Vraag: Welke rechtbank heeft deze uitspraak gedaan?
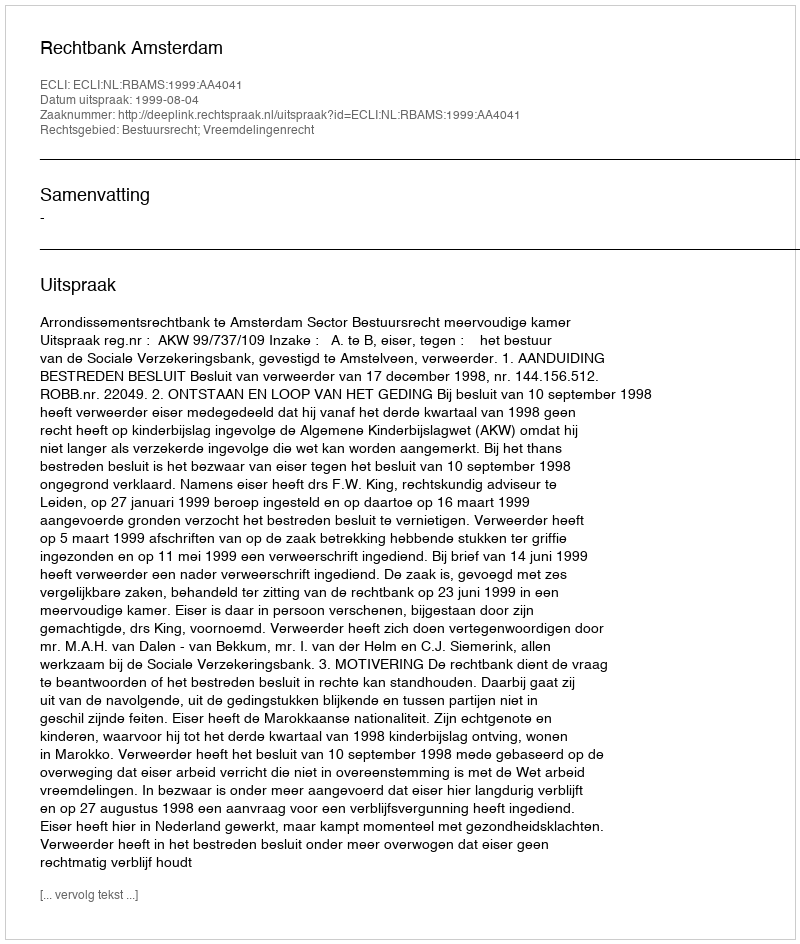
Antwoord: Rechtbank Amsterdam